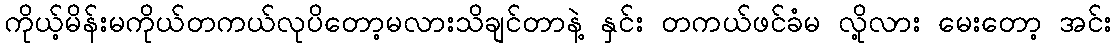
ကိုယ့်မိန်းမကိုယ်တကယ်လုပိတော့မလားသိချင်တာနဲ့ နှင်း တကယ်ဖင်ခံမ လို့လား မေးတော့ အင်း